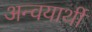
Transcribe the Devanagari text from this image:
अन्वयार्थी